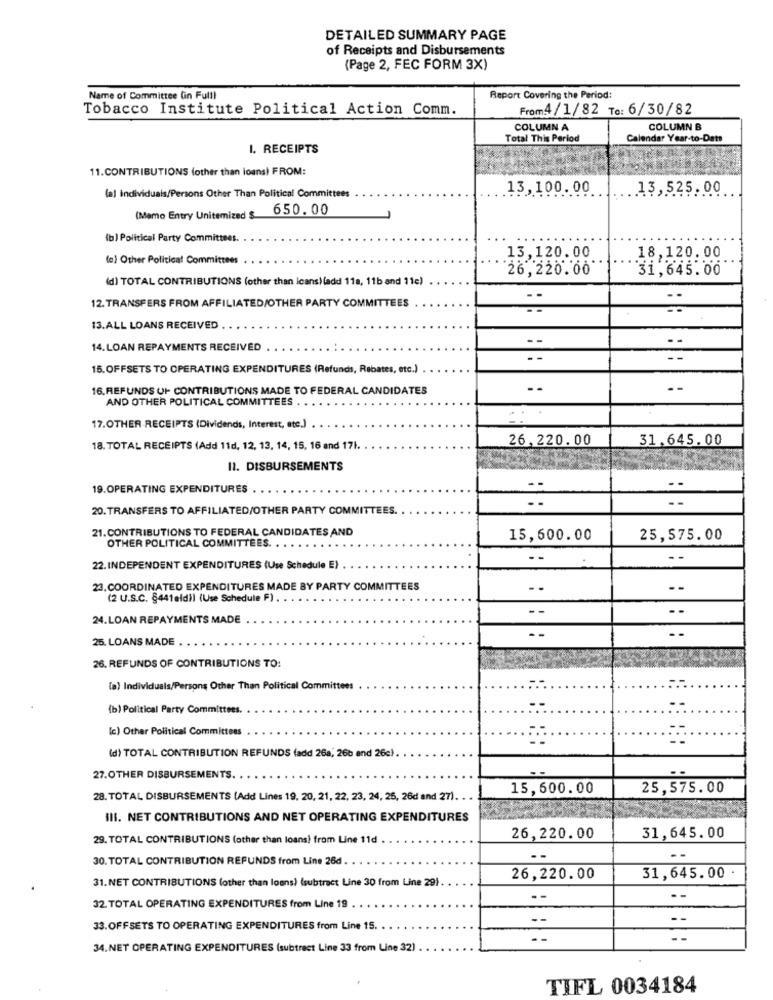
DETAILED SUMMARY PAGE
of Receipts and Disbursements
(Page 2, FEC FORM 3X)
Name of Committee (in Fulll
Report Covering the Period:
Tobacco Institute Political Action Comm.
From4/ 1/82 To: 6/30/82
COLUMN A
COLUMN B
Total This Period
Calendar Year-to-Dats
I. RECEIPTS
11.CONTRIBUTIONS (other than loans) FROM:
13,100.00
13,525.00
(al Individuals/Persons Other Than Political Committees
650.00
(Memo Entry Unitemized $
(b) Political Party Committees.
13,120.00
(o) Other Political Committees
18,120.00
26,220.00
31,645.00
(d) TOTAL CONTRIBUTIONS (other than Icans) (add 11a, 11b and 11e)
12. TRANSFERS FROM AFFILIATED/OTHER PARTY COMMITTEES
--
13.ALL LOANS RECEIVED
--
14. LOAN REPAYMENTS RECEIVED
15.OFFSETS TO OPERATING EXPENDITURES (Refunds, Rebates, etc.)
16. REFUNDS UI- CONTRIBUTIONS MADE TO FEDERAL CANDIDATES
..
--
AND OTHER POLITICAL COMMITTEES
17.OTHER RECEIPTS (Dividends, Interest, etc.)
26,220.00
31.645.00
18. TOTAL RECEIPTS (Add 11d, 12, 13, 14, 15, 16 and 171.
11. DISBURSEMENTS
19.OPERATING EXPENDITURES
--
20. TRANSFERS TO AFFILIATED/OTHER PARTY COMMITTEES.
21. CONTRIBUTIONS TO FEDERAL CANDIDATES AND
15,600.00
25,575.00
OTHER POLITICAL COMMITTEES.
22. INDEPENDENT EXPENDITURES (Use Schedule E)
23. COORDINATED EXPENDITURES MADE BY PARTY COMMITTEES
--
(2 U.S.C. §441aldì) (Use Schedule F) .
..
24.LOAN REPAYMENTS MADE
25. LOANS MADE
26. REFUNDS OF CONTRIBUTIONS TO:
(a) Individuals/Persons Other Than Political Committees
(b) Political Party Committees.
--
[c) Other Political Committees
(d) TOTAL CONTRIBUTION REFUNDS (add 26a, 26b and 26c).
27.OTHER DISBURSEMENTS.
15,600.00
25,575.00
28. TOTAL DISBURSEMENTS (Add Lines 19, 20, 21, 22, 23, 24, 25, 26d and 27).
III. NET CONTRIBUTIONS AND NET OPERATING EXPENDITURES
29. TOTAL CONTRIBUTIONS (other than loans) from Line 11d
26,220.00
31,645.00
30. TOTAL CONTRIBUTION REFUNDS from Line 26d
- -
31.NET CONTRIBUTIONS (other than loans) (subtract Line 30 from Line 29)
26,220.00
31,645.00 .
32 TOTAL OPERATING EXPENDITURES from Line 19
33.OFFSETS TO OPERATING EXPENDITURES from Line 15.
34.NET OPERATING EXPENDITURES (subtract Line 33 from Line 32)
TIFL 0034184